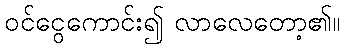
ဝင်ငွေကောင်း၍ လာလေတော့၏။